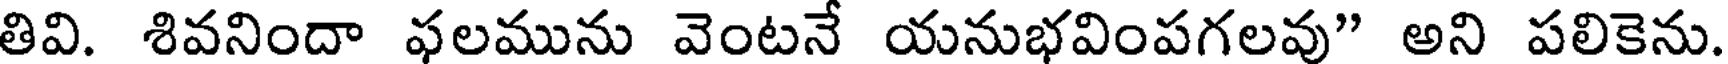
తివి. శివనిందా ఫలమును వెంటనే యనుభవింపగలవు" అని పలికెను